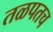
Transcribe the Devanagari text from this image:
तळपतच